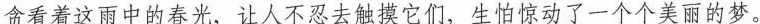
贪看着这雨中的春光，让人不忍去触摸它们，生怕惊动了一个个美丽的梦。